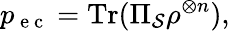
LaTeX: p_{\mathrm{~e~c~}}=\mathrm{Tr}(\Pi_{\mathcal{S}}\rho^{\otimes n}),